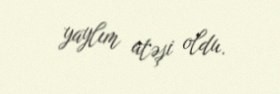
yaylım atəşi oldu.